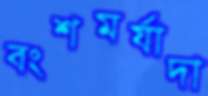
বংশমর্যাদা